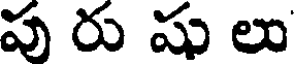
పు రు షు లు